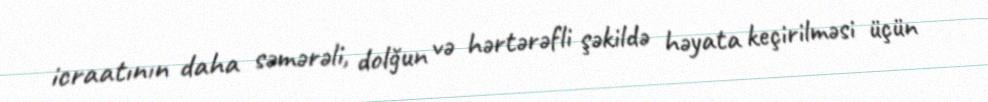
icraatının daha səmərəli, dolğun və hərtərəfli şəkildə həyata keçirilməsi üçün